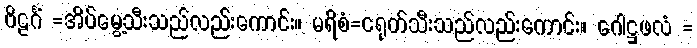
ဗိဠင်္ဂံ =အိပ်မွေ့သီးသည်လည်းကောင်း။ မရိစံ=ငရုတ်သီးသည်လည်းကောင်း။ ဂေါဋ္ဌဖလံ =